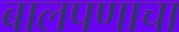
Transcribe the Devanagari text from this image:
बालपणाचा